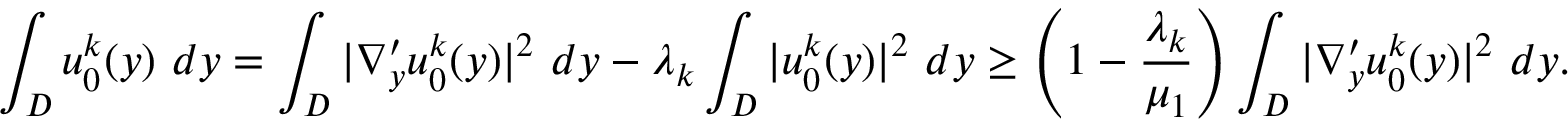
\displaystyle \int _ { D } u _ { 0 } ^ { k } ( y ) \ d y = \int _ { D } \vert \nabla _ { y } ^ { \prime } u _ { 0 } ^ { k } ( y ) \vert ^ { 2 } \ d y - \lambda _ { k } \int _ { D } \vert u _ { 0 } ^ { k } ( y ) \vert ^ { 2 } \ d y \geq \left( 1 - \frac { \lambda _ { k } } { \mu _ { 1 } } \right) \int _ { D } \vert \nabla _ { y } ^ { \prime } u _ { 0 } ^ { k } ( y ) \vert ^ { 2 } \ d y .